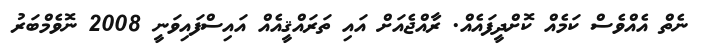
ނެތް އެއްވެސް ކަމެއް ކޮށްދީފައެއް. ރާއްޖެއަށް އައި ތަރައްޤީއެއް އައިސްފައިވަނީ 2008 ނޮވެމްބަރު